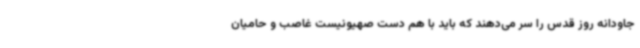
جاودانه روز قدس را سر می‌دهند که باید با هم دست صهیونیست غاصب و حامیان